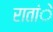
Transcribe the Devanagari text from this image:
रातांे